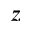
_ z